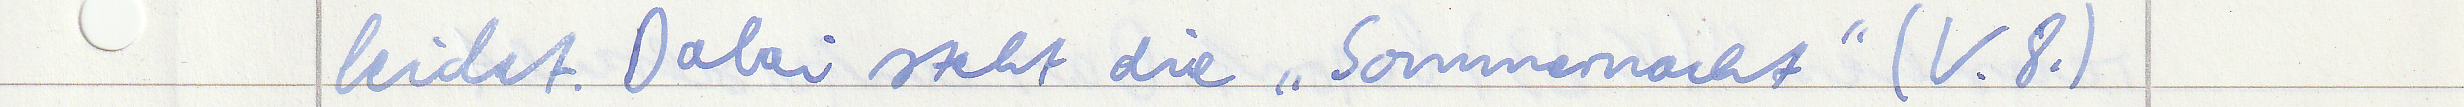
leidet. Dabei steht die "Sommernacht" (V.8.)